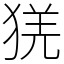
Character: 猐